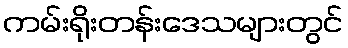
ကမ်းရိုးတန်းဒေသများတွင်